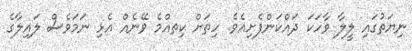
ނިޔަތުގައި ލީލާ ވާހަކަ ދައްކަންފެށިއެވެ. ހިތަށް ކިތއްމެ ވޭނެއް އެޅި ނަމަވެސް ލައިލާގެ